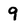
Character: 9